Veterinary regulations India, 1939 -
Year: 1939
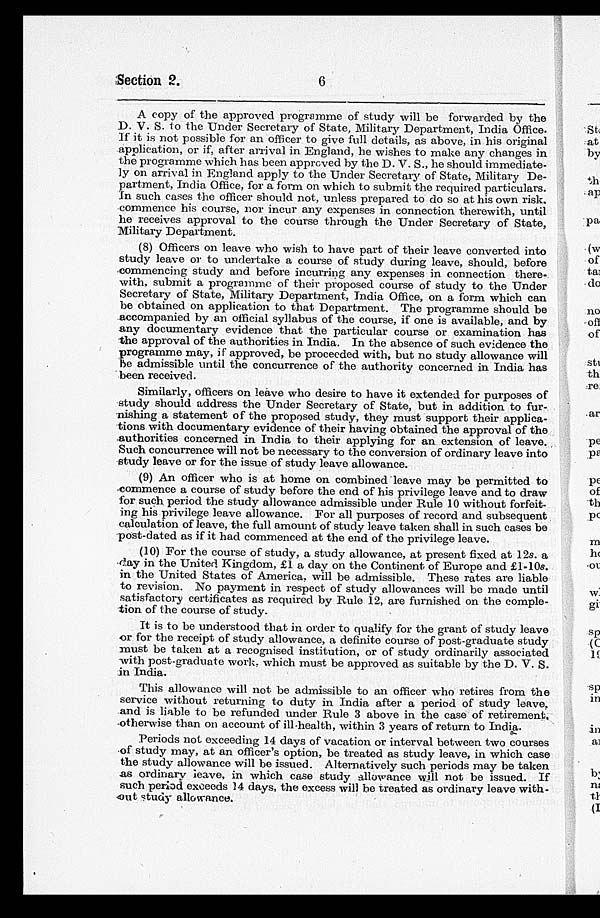
Section 2.
6
A copy of the approved programme of study will be forwarded by the
D. V. S. to the Under Secretary of State, Military Department, India Office.
If it is not possible for an officer to give full details, as above, in his original
application, or if, after arrival in England, he wishes to make any changes in
the programme which has been approved by the D. V. S., he should immediate-
ly on arrival in England apply to the Under Secretary of State, Military De-
partment, India Office, for a form on which to submit the required particulars.
In such cases the officer should not, unless prepared to do so at his own risk,
commence his course, nor incur any expenses in connection therewith, until
he receives approval to the course through the Under Secretary of State,
Military Department.
(8) Officers on leave who wish to have part of their leave converted into
study leave or to undertake a course of study during leave, should, before
commencing study and before incurring any expenses in connection there-
with, submit a programme of their proposed course of study to the Under
Secretary of State, Military Department, India Office, on a form which can
be obtained on application to that Department. The programme should be
accompanied by an official syllabus of the course, if one is available, and by
any documentary evidence that the particular course or examination has
the approval of the authorities in India. In the absence of such evidence the
programme may, if approved, be proceeded with, but no study allowance will
be admissible until the concurrence of the authority concerned in India has
been received.
Similarly, officers on leave who desire to have it extended for purposes of
study should address the Under Secretary of State, but in addition to fur-
nishing a statement of the proposed study, they must support their applica-
tions with documentary evidence of their having obtained the approval of the
authorities concerned in India to their applying for an extension of leave.
Such concurrence will not be necessary to the conversion of ordinary leave into
study leave or for the issue of study leave allowance.
(9) An officer who is at home on combined leave may be permitted to
commence a course of study before the end of his privilege leave and to draw
for such period the study allowance admissible under Rule 10 without forfeit-
ing his privilege leave allowance. For all purposes of record and subsequent
calculation of leave, the full amount of study leave taken shall in such cases be
post-dated as if it had commenced at the end of the privilege leave.
(10) For the course of study, a study allowance, at present fixed at 12s. a
day in the United Kingdom, £1 a day on the Continent of Europe and £1-10s.
in the United States of America, will be admissible. These rates are liable
to revision. No payment in respect of study allowances will be made until
satisfactory certificates as required by Rule 12, are furnished on the comple-
tion of the course of study.
It is to be understood that in order to qualify for the grant of study leave
or for the receipt of study allowance, a definite course of post-graduate study
must be taken at a recognised institution, or of study ordinarily associated
with post-graduate work, which must be approved as suitable by the D. V. S.
in India.
This allowance will not be admissible to an officer who retires from the
service without returning to duty in India after a period of study leave,
and is liable to be refunded under Rule 3 above in the case of retirement,
otherwise than on account of ill-health, within 3 years of return to India.
Periods not exceeding 14 days of vacation or interval between two courses
of study may, at an officer's option, be treated as study leave, in which case
the study allowance will be issued. Alternatively such periods may be taken
as ordinary leave, in which case study allowance will not be issued. If
such period exceeds 14 days, the excess will be treated as ordinary leave with-
out study allowance.